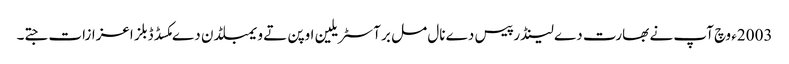
2003ء وچ آپ نے بھارت دے لینڈر پیس دے نال مل بر آسٹریلین اوپن تے ویمبلڈن دے مکسڈ ڈبلز اعزازات جتے۔